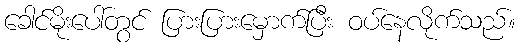
ခေါင်မိုးပေါ်တွင် ပြားပြားမှောက်ပြီး ဝပ်နေလိုက်သည်။